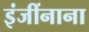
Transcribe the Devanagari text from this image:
इंजींनाना